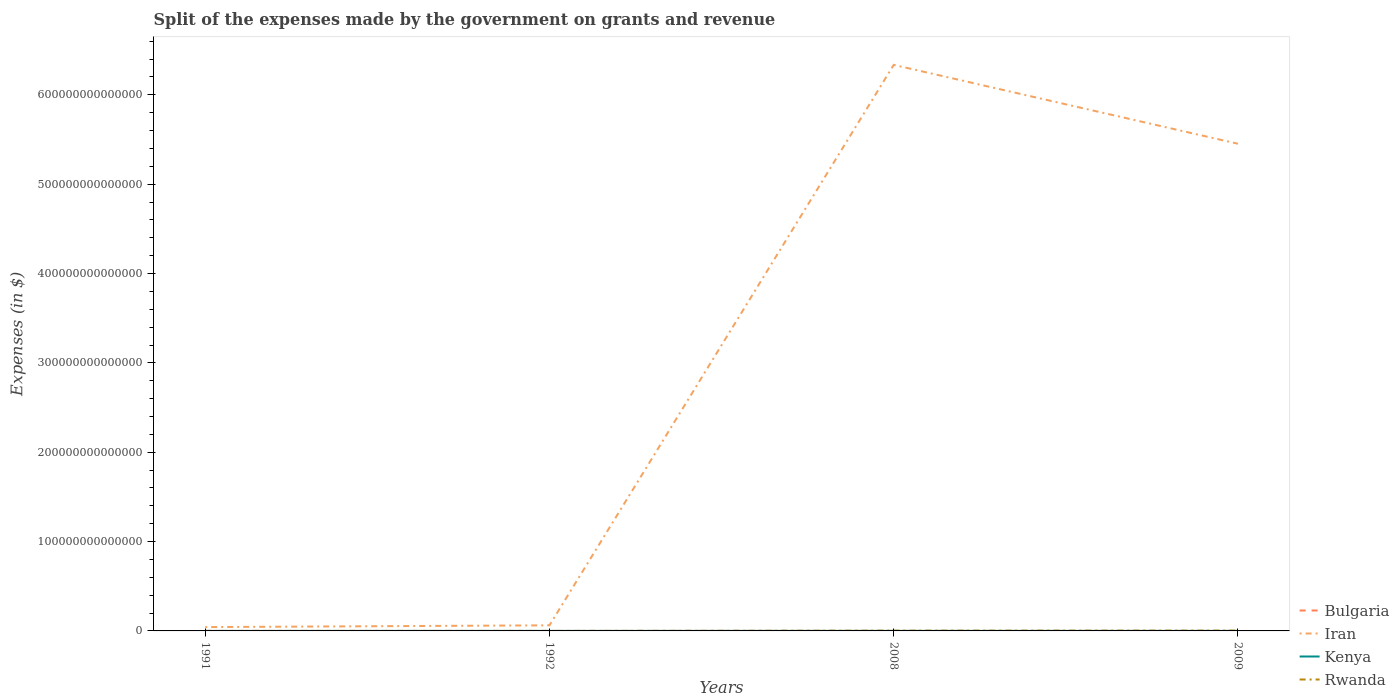
| Years | Bulgaria | Iran | Kenya | Rwanda |
 | --- | --- | --- | --- | --- |
 | 1991 | 7.79e+06 | 4.29e+12 | 7.99e+09 | 2.63e+09 |
 | 1992 | 1.65e+07 | 6.26e+12 | 1.1e+10 | 3.37e+09 |
 | 2008 | 3.5e+09 | 6.34e+14 | 4.58e+10 | 2.97e+11 |
 | 2009 | 3.66e+09 | 5.45e+14 | 3.98e+10 | 3.59e+11 |